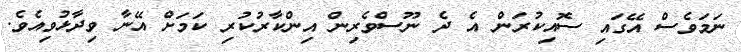
ނަމަވެސް އޭގަައި ސޮއިކުރަން އެ ދެ ނޫސްވެރިން އިންކާރުކުރި ކަމަށް އޭނާ ވިދާޅުވިއެވެ.